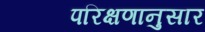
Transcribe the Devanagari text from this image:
परिक्षणानुसार